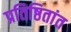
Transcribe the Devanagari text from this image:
प्रतिष्ठितांत